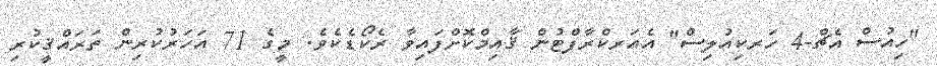
"ހިއުސް އެޗް-4 ހަރކިއުލިސް" އެއަރކްރާފްޓުން ޤާއިމްކޮށްފައިވާ ރެކޯޑެކެވެ. މީގެ 71 އަހަރުކުރިން ތަރައްޤީކުރި